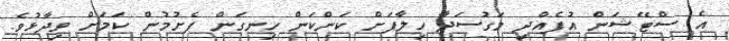
އެ ސްޓޭޝަން އުފެއްދި މަގުސަދާ ހިލާފަށް ކަންކަން ހިނގަން ފެށުމުން ކަމަށް ވިދާޅުވެ.